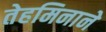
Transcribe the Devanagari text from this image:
तेहमिनाने